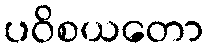
ပဝိစယတော